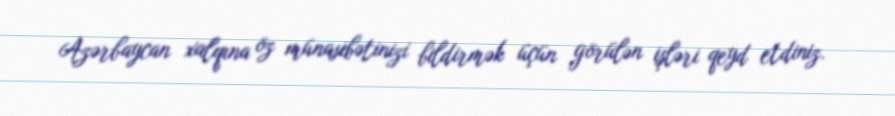
Azərbaycan xalqına öz münasibətinizi bildirmək üçün görülən işləri qeyd etdiniz.